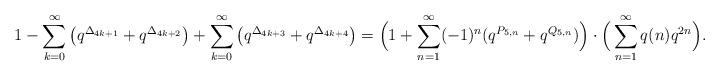
LaTeX: \begin{align*} 1- \sum_{k=0}^\infty \big(q^{\Delta_{4k+1}}+q^{\Delta_{4k+2}}\big) +\sum_{k=0}^\infty \big(q^{\Delta_{4k+3}}+q^{\Delta_{4k+4}}\big) &= \Big(1+ \sum_{n=1}^\infty (-1)^n (q^{P_{5,n}} + q^{Q_{5,n}})\Big)\cdot \Big( \sum_{n=1}^\infty q(n) q^{2n}\Big).\end{align*}